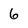
Character: 6